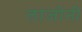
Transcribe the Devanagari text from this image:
लाजोनी